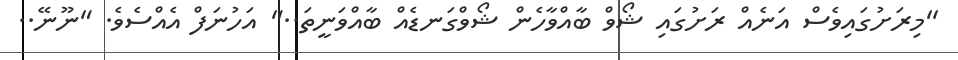
''މިރަށުގައިވެސް އަނެއް ރަށުގައި ޝޯވް ބާއްވާހެން ޝޯވްގަނޑެއް ބާއްވަނީތަ.." އަހުނަފް އެއްސެވެ. "ނޫނޭ..